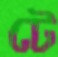
টে